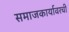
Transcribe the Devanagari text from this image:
समाजकार्यावरची